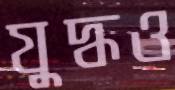
যুদ্ধও